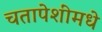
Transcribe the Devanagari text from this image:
चतापेशींमधे